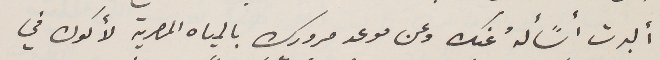
ألبرت أسًألهُ عنك وعن موعد مرورك بالمياه المصرية لأكون في